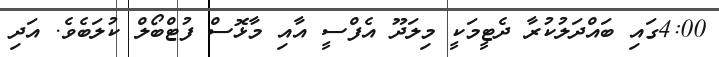
4:00ގައި ބައްދަލުކުރާ ދެޓީމަކީ މިލަދޫ އެފްސީ އާއި މާޅޮސް ފުޓްބޯލް ކުލަބެވެ. އަދި